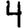
Digit: 4